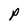
Character: P